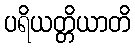
ပရိယတ္တိယာတိ